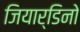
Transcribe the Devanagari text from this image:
जियार्डिनो